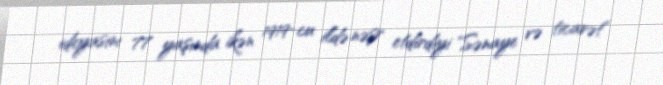
ideyasını 77 yaşında ikən 1919-cu ildə nəşr etdirdiyi "Sənaye və ticarət"